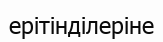
ерітінділеріне